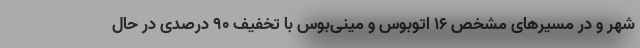
شهر و در مسیرهای مشخص ۱۶ اتوبوس و مینی‌بوس با تخفیف ۹۰ درصدی در حال